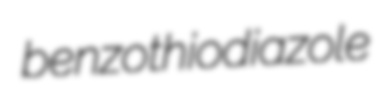
benzothiodiazole